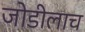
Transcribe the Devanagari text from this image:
जोडीलाच